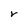
Character: r